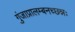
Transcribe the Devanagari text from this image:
गुंजाप्रालम्बनच्छन्नः